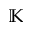
\mathbb { K }